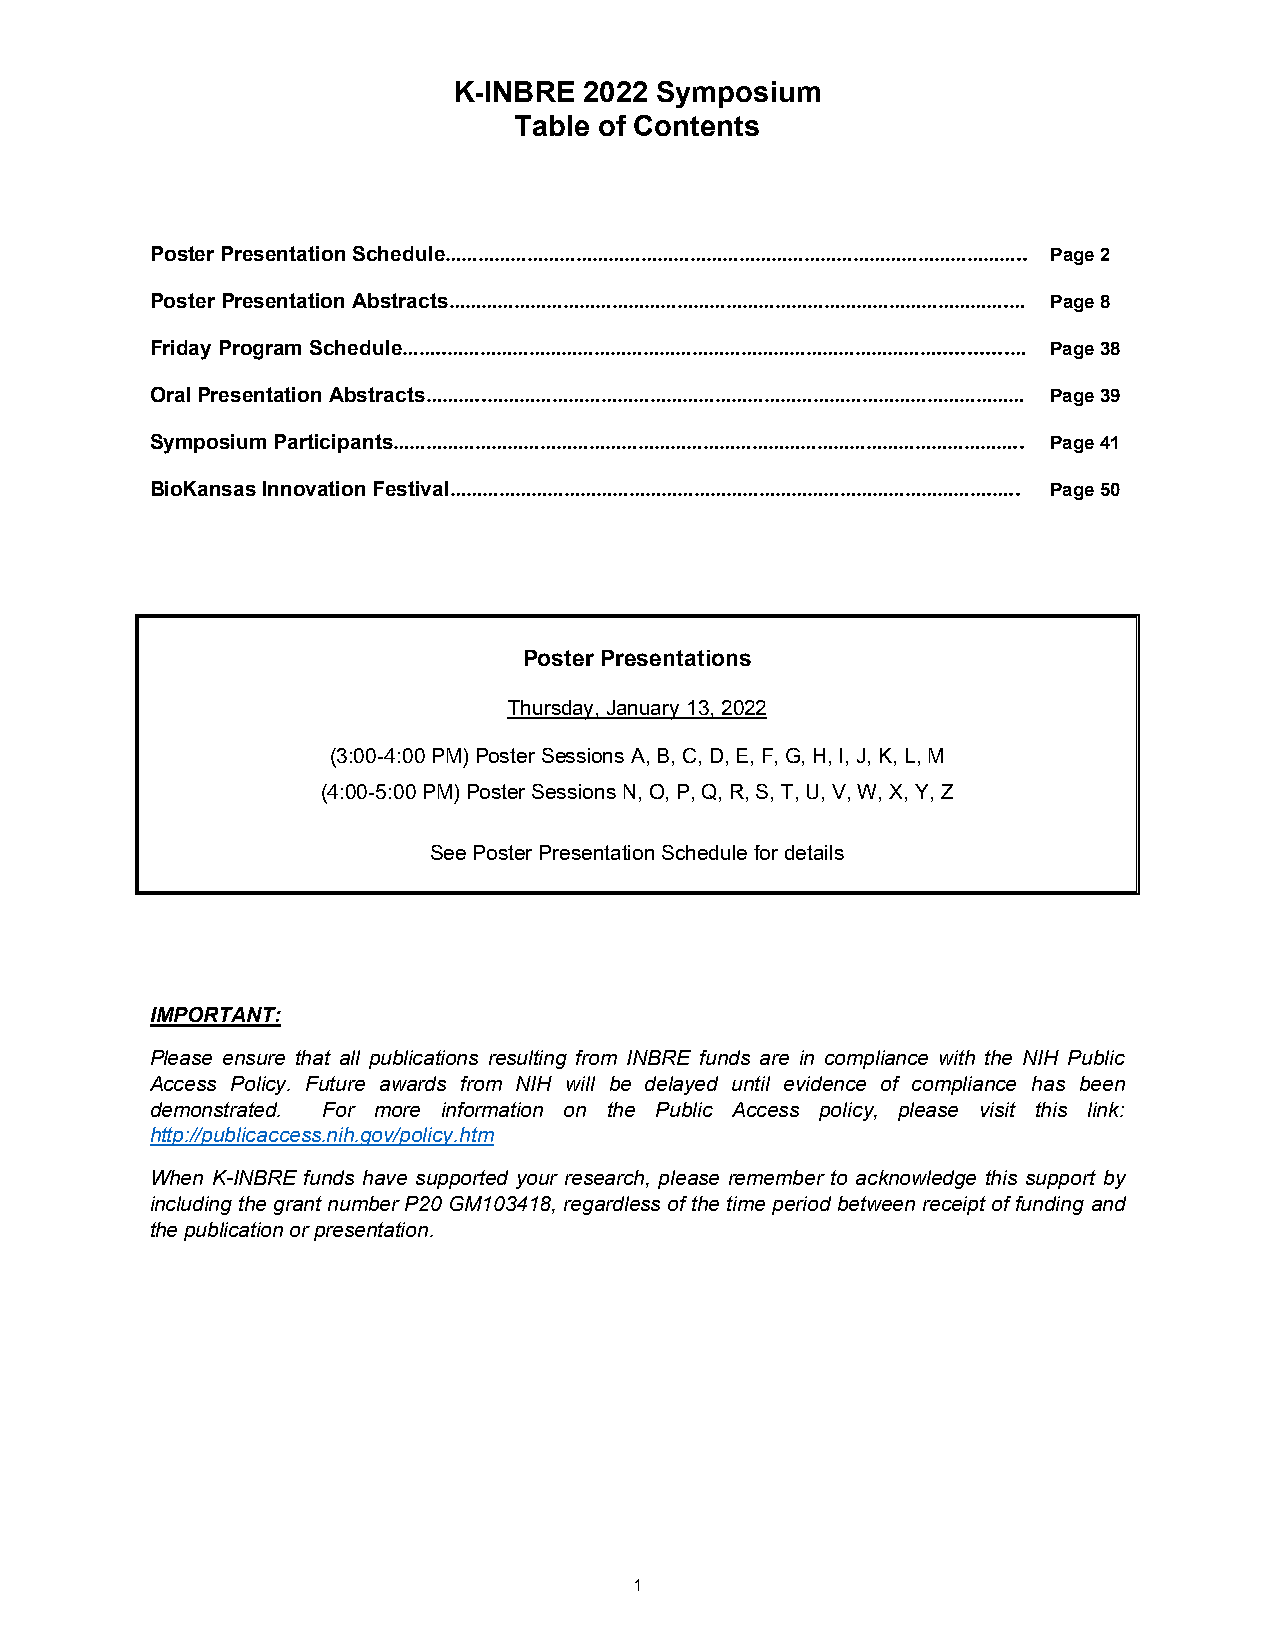
K-INBRE  2022 Symposium
 Table of Contents
 Poster Presentation Schedule…………………………………………………………………………………………….. Page 2
 Poster Presentation Abstracts………………………………………………………………………………………….… Page 8
 Friday Program Schedule……..………………………………………………………………………………............… Page 38
 Oral Presentation Abstracts………..……………………………………………………………………………………… Page 39
 Symposium Participants…………………………………………………………………………………………………….. Page 41
 BioKansas Innovation Festival……………………………………………………………………………………….….. Page 50
 Poster Presentations
 Thursday, January 13, 2022
 (3:00-4:00 PM) Poster Sessions A, B, C, D, E, F, G, H, I, J, K, L, M
 (4:00-5:00 PM) Poster Sessions N, O, P, Q, R, S, T, U, V, W, X, Y, Z
 See Poster Presentation Schedule for details
 IMPORTANT:
 Please ensure that all publications resulting from INBRE funds are in compliance with the NIH Public
 Access Policy. Future awards from NIH will be delayed until evidence of compliance has been
 demonstrated. For more information on the Public Access policy, please visit this link:
 http://publicaccess.nih.gov/policy.htm
 When K-INBRE funds have supported your research, please remember to acknowledge this support by
 including the grant number P20 GM103418, regardless of the time period between receipt of funding and
 the publication or presentation.
 1